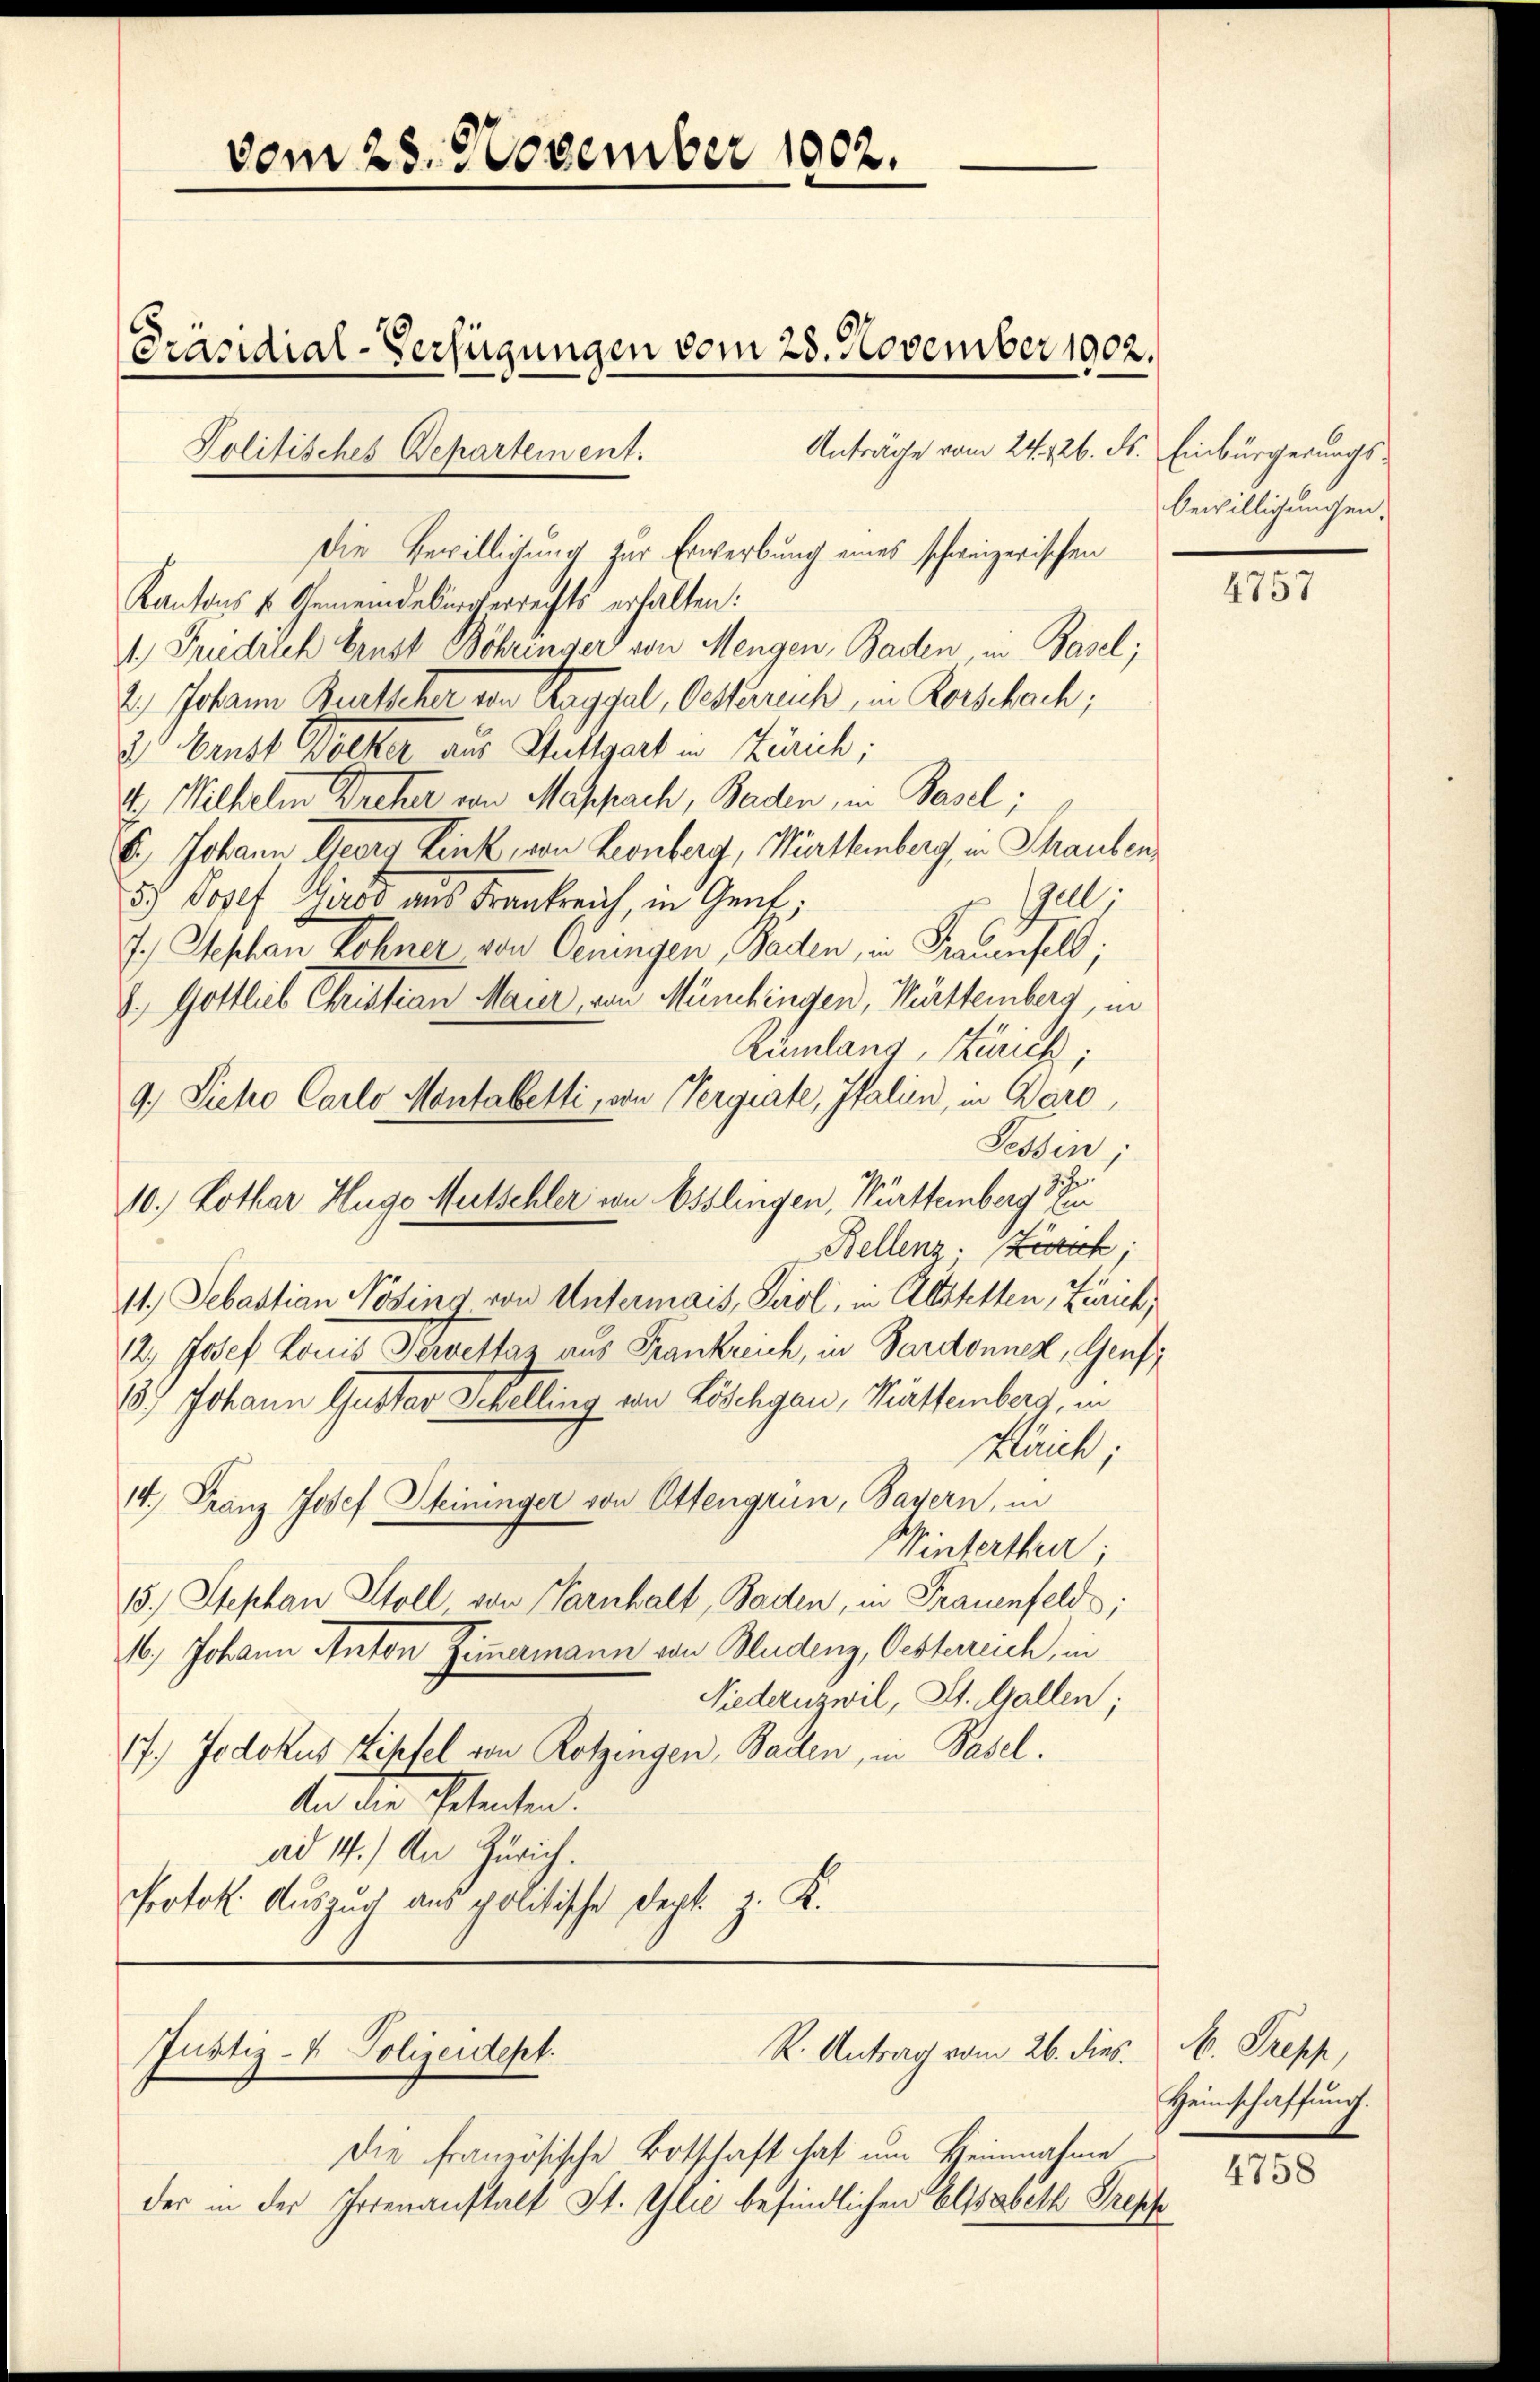
Präsidial-Verfügungen vom 28. November 1902.
Anträge vom 24. 126. ds. Einbürgerungs¬
Politisches Departement.

vom 25. November 1002.

Die Bewilligung zur Erwerbung eines schweizerischen
Kantons & Gemeindebürgerrechts erhalten:
4.) Friedrich brust Böhringer von Mengen, Baden Basel;
2.) Johann Bertscher von Krygal, Gestaruch, in Kerschach;
2 Fenst Docker aus Stuttgart in Zürich;
1). Wilhelm Breter von Masprach, Baden, in Basel;
6.) Johann Georg Link, von Leonberg, Württemberg, in Thauben
get
5.) Josef Gros aus Frankreich, in Gent.
7.) Stephan Lohner von Oeningen, Baden, in Frauenfeld;
d. Gottlich Christian Maier, von Münchingen, Württemberg, ind
Rümlang, Zürich;
9. Siche Carlo Montabelli, von Vergrate, Italien, in Baro
Tessin;
10.) Lothar Hugo Mutschler von Esslingen, Württemberg di
Bellenz. Zürich;
11. Sebastian Nösing von Untermais, Paol, in Altstetten, Zürich
12. Josef Konis Terettaz aus Frankreich, in Pardonnen, Genf
13. Johann Guster Schelling von Löschgau, Küffemberg, in
Klaich;
14. Franz Josef Heininger von Ottengrun, Bayern, in
Winterthur;
15.) Stephan Stoll von Parnhalt, Baden, in Frauenfelds;
.) Johann Anton Zimmermann von Studenz, Oesterreich, in
Niederuzwil, St. Gallen;
17.) Jodokus Rehfel von Rotzingen, Bauten, in Pasel.
ten die Ehetenten.
ad 14.) An Zürich.
Protok. Auszug aus politische Sept. z. K.

R. Antrag vom 26. dies
Justiz- & Polizeidept.

Die französische Botschaft hat um Heinnahme
der in der Irrenanstalt St. Glie befindlichen Elisabeth Tropfe

bewilligungen.

4757

k. Trepp,
Heinschaffung.

4758